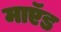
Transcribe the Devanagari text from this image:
माऍड